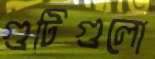
গুটিগুলো